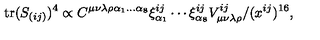
\mathrm { t r } ( S _ { ( i j ) } ) ^ { 4 } \propto C ^ { \mu \nu \lambda \rho \alpha _ { 1 } . . . \alpha _ { 8 } } \xi _ { \alpha _ { 1 } } ^ { i j } \cdots \xi _ { \alpha _ { 8 } } ^ { i j } V _ { \mu \nu \lambda \rho } ^ { i j } / ( x ^ { i j } ) ^ { 1 6 } ,